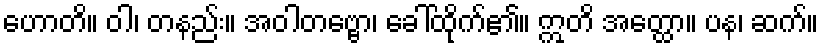
ဟောတိ။ ဝါ၊ တနည်း။ အဝါတဗ္ဗော၊ ခေါ်ထိုက်၏။ ဣတိ အတ္ထော။ ပန၊ ဆက်။